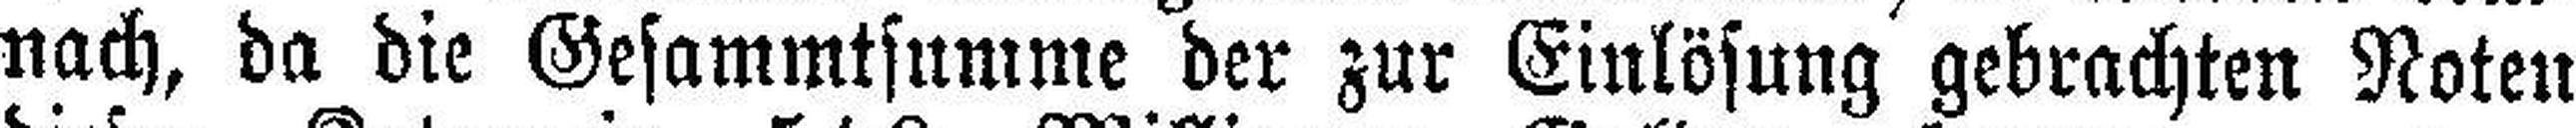
nach, da die Gesammtsumme der zur Einlösung gebrachten Noten